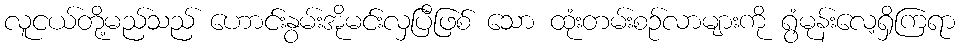
လူငယ်တို့မည်သည် ဟောင်းနွမ်းအိုမင်းလှပြီဖြစ် သော ထုံးတမ်းစဉ်လာများကို ရွံမုန်းလေ့ရှိကြရာ